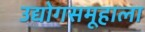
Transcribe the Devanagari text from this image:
उद्योगसमूहाला